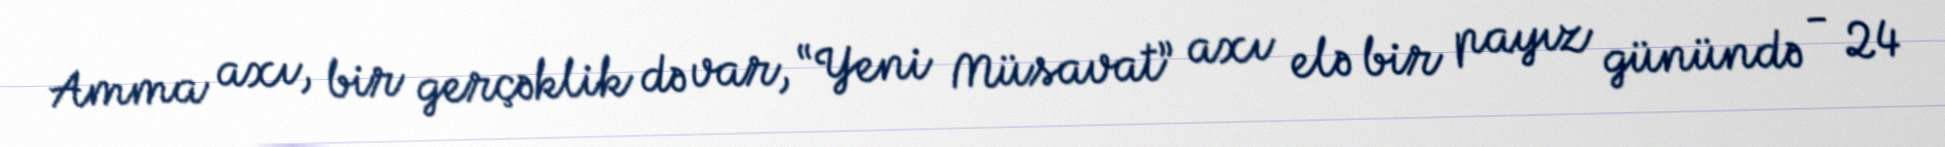
Amma axı, bir gerçəklik də var, “Yeni Müsavat” axı elə bir payız günündə - 24